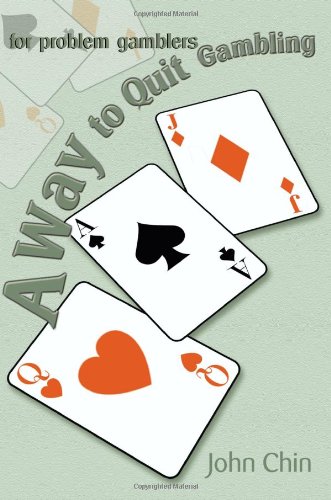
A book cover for A Way to Quit Gambling: (For Problem Gamblers); John Chin; Health, Fitness & Dieting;